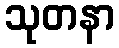
သုတနာ